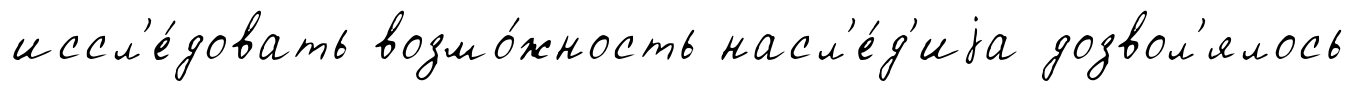
иссл'е́довать возмо́жность насл'е́д'иjа дозвол'ялось